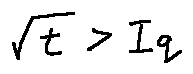
\sqrt { t } > I q